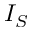
I _ { S }